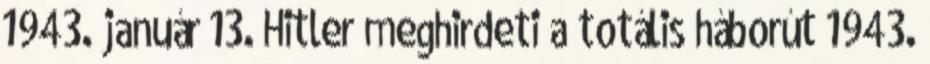
1943. január 13. Hitler meghirdeti a totális háborút 1943.